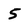
Character: 5